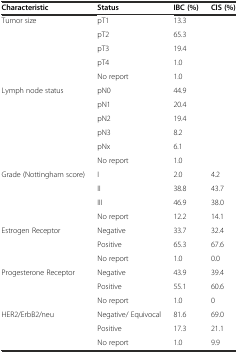
<table><thead><tr><td><b>Characteristic</b></td><td><b>Status</b></td><td><b>IBC (%)</b></td><td><b>CIS (%)</b></td></tr></thead><tbody><tr><td rowspan="5">Tumor size</td><td>pT1</td><td>13.3</td><td></td></tr><tr><td>pT2</td><td>65.3</td><td></td></tr><tr><td>pT3</td><td>19.4</td><td></td></tr><tr><td>pT4</td><td>1.0</td><td></td></tr><tr><td>No report</td><td>1.0</td><td></td></tr><tr><td rowspan="6">Lymph node status</td><td>pN0</td><td>44.9</td><td></td></tr><tr><td>pN1</td><td>20.4</td><td></td></tr><tr><td>pN2</td><td>19.4</td><td></td></tr><tr><td>pN3</td><td>8.2</td><td></td></tr><tr><td>pNx</td><td>6.1</td><td></td></tr><tr><td>No report</td><td>1.0</td><td></td></tr><tr><td rowspan="4">Grade (Nottingham score)</td><td>I</td><td>2.0</td><td>4.2</td></tr><tr><td>II</td><td>38.8</td><td>43.7</td></tr><tr><td>III</td><td>46.9</td><td>38.0</td></tr><tr><td>No report</td><td>12.2</td><td>14.1</td></tr><tr><td rowspan="3">Estrogen Receptor</td><td>Negative</td><td>33.7</td><td>32.4</td></tr><tr><td>Positive</td><td>65.3</td><td>67.6</td></tr><tr><td>No report</td><td>1.0</td><td>0.0</td></tr><tr><td rowspan="3">Progesterone Receptor</td><td>Negative</td><td>43.9</td><td>39.4</td></tr><tr><td>Positive</td><td>55.1</td><td>60.6</td></tr><tr><td>No report</td><td>1.0</td><td>0</td></tr><tr><td rowspan="3">HER2/ErbB2/neu</td><td>Negative/ Equivocal</td><td>81.6</td><td>69.0</td></tr><tr><td>Positive</td><td>17.3</td><td>21.1</td></tr><tr><td>No report</td><td>1.0</td><td>9.9</td></tr></tbody></table>